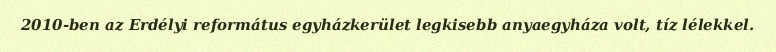
2010-ben az Erdélyi református egyházkerület legkisebb anyaegyháza volt, tíz lélekkel.